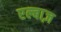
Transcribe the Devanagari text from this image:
एल्बाज़